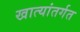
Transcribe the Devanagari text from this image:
खात्यांतर्गत